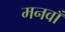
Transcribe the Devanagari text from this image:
मनवाँ